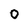
Character: O